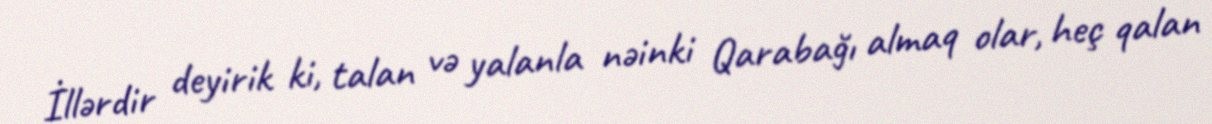
İllərdir deyirik ki, talan və yalanla nəinki Qarabağı almaq olar, heç qalan